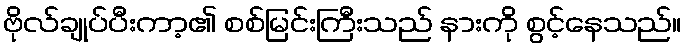
ဗိုလ်ချုပ်ပီးကာ့၏ စစ်မြင်းကြီးသည် နားကို စွင့်နေသည်။